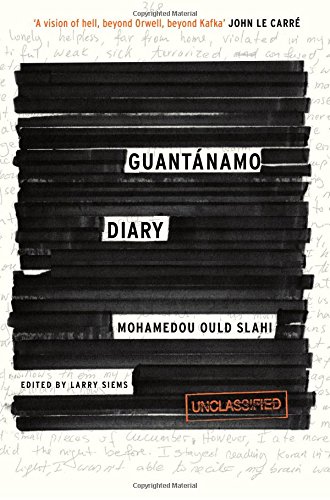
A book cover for GuantÃ¡namo Diary; Mohamedou Ould Slahi; Law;